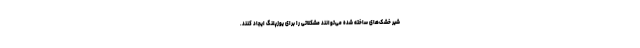
شیر خشک‌های ساخته شده می‌توانند مشکلاتی را برای یوزپلنگ ایجاد کنند.